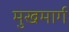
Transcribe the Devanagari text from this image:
मुखमार्ग